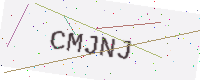
Text: CMJNJ